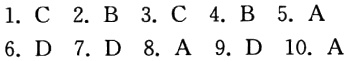
1. C 2. B 3. C 4. B 5. A
6. D 7. D 8. A 9. D 10. A